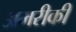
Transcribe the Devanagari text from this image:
अमरीकी